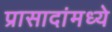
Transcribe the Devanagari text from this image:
प्रासादांमध्ये